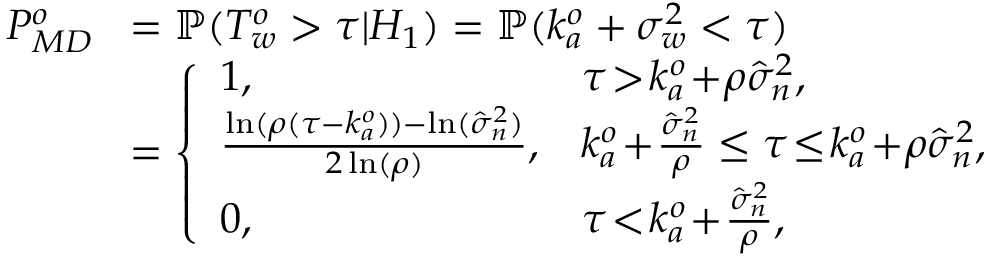
\begin{array} { r l } { P _ { M D } ^ { o } \! } & { = \mathbb { P } ( T _ { w } ^ { o } > \tau | H _ { 1 } ) = \mathbb { P } ( k _ { a } ^ { o } + \sigma _ { w } ^ { 2 } < \tau ) } \\ & { = \left\{ \begin{array} { l l } { 1 , } & { \tau \! > \! k _ { a } ^ { o } \! + \! \rho \hat { \sigma } _ { n } ^ { 2 } , } \\ { \frac { \ln ( \rho ( \tau - k _ { a } ^ { o } ) ) - \ln ( \hat { \sigma } _ { n } ^ { 2 } ) } { 2 \ln ( \rho ) } , } & { k _ { a } ^ { o } \! + \! \frac { \hat { \sigma } _ { n } ^ { 2 } } { \rho } \leq \tau \! \leq \! k _ { a } ^ { o } \! + \! \rho \hat { \sigma } _ { n } ^ { 2 } , } \\ { 0 , } & { \tau \! < \! k _ { a } ^ { o } \! + \! \frac { \hat { \sigma } _ { n } ^ { 2 } } { \rho } , } \end{array} \right. } \end{array}